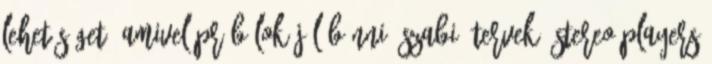
lehetőséget, amivel próbálok jól bánni. Szabi: Tervek? Stereo Players